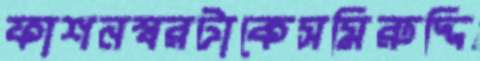
ফাশনস্বরটাকেসমিরুদ্দি